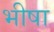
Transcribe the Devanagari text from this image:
भीषा